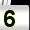
Digit: 5